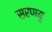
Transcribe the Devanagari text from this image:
सरणयु